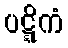
ပဋ္ဋိကံ